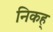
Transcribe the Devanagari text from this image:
निकह्